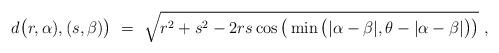
LaTeX: \begin{align*} d\big(r,\alpha),(s,\beta)\big) ~=~ \sqrt{r^2+s^2-2rs\cos\big(\min\big(|\alpha-\beta|,\theta-|\alpha-\beta|\big)\big)}\;,\end{align*}